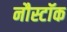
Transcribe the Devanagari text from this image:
नौस्टॉक